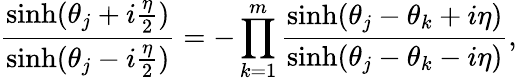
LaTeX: \frac{\sinh({\theta_{j}+i{\frac{\eta}{2}}})}{\sinh({\theta_{j}-i{\frac{\eta}{2}}})}=-\prod_{k=1}^{m}\frac{\sinh({\theta_{j}-\theta_{k}+i\eta})}{\sinh({\theta_{j}-\theta_{k}-i\eta})},